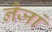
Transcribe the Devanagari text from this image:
नैजां